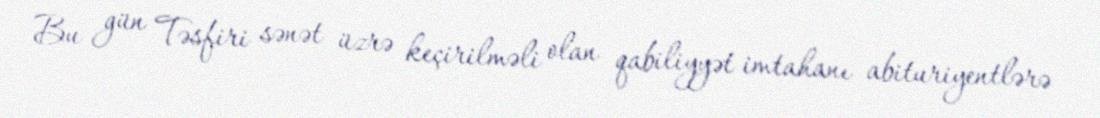
Bu gün Təsfiri sənət üzrə keçirilməli olan qabiliyyət imtahanı abituriyentlərə